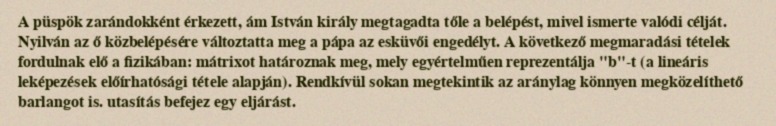
A püspök zarándokként érkezett, ám István király megtagadta tőle a belépést, mivel ismerte valódi célját. Nyilván az ő közbelépésére változtatta meg a pápa az esküvői engedélyt. A következő megmaradási tételek fordulnak elő a fizikában: mátrixot határoznak meg, mely egyértelműen reprezentálja "b"-t (a lineáris leképezések előírhatósági tétele alapján). Rendkívül sokan megtekintik az aránylag könnyen megközelíthető barlangot is. utasítás befejez egy eljárást.